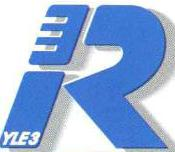
R